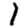
Digit: 1